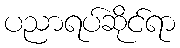
ပညာရပ်ဆိုင်ရာ